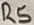
Text: R2